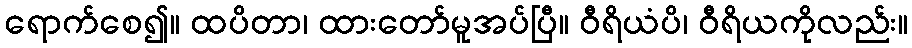
ရောက်စေ၍။ ထပိတာ၊ ထားတော်မူအပ်ပြီ။ ဝီရိယံပိ၊ ဝီရိယကိုလည်း။